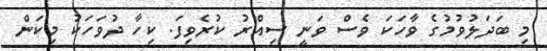
މި ބަދަލުވުމުގެ ވާހަކަ ވެސް ވަނީ ސިއްރު ކުރެވިފަ. ކިހާ ދުވަހަކު މިކަން